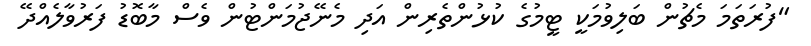
"ފުރަތަމަ މެޗުން ބަލިވުމަކީ ޓީމުގެ ކުޅުންތެރިން އަދި މެނޭޖުމަންޓުން ވެސް މާބޮޑު ފަރުވާލެއްދޭ